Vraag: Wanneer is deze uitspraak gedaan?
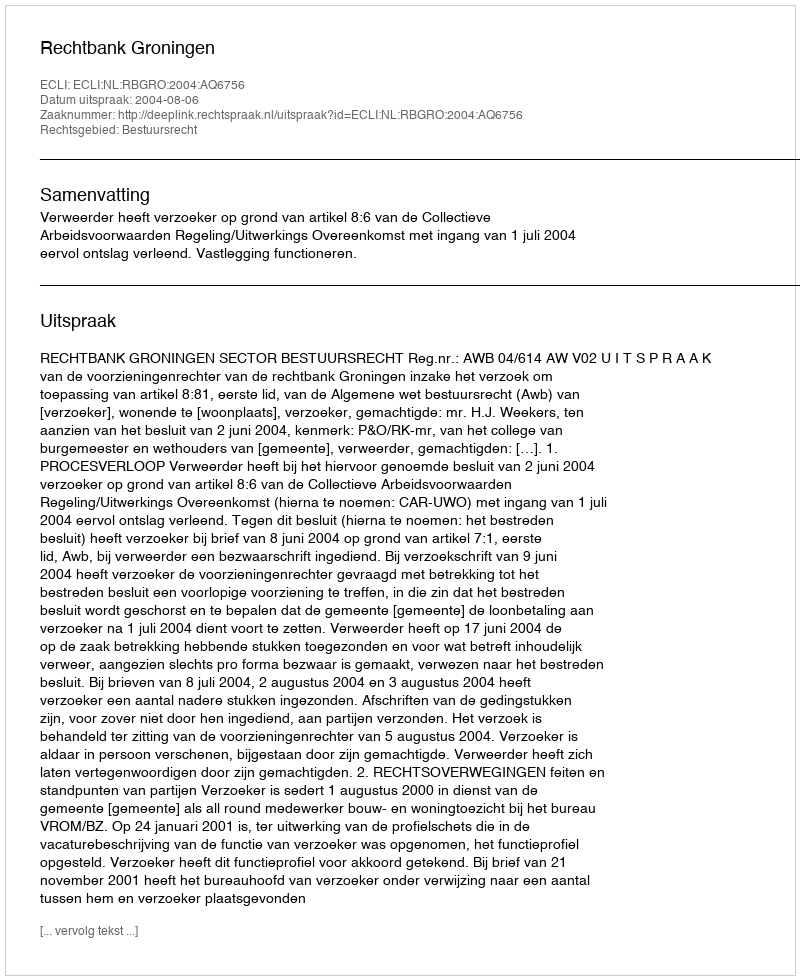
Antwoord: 2004-08-06